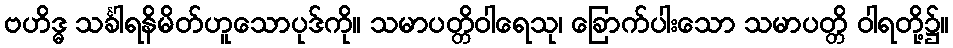
ဗဟိဒ္ဓ သင်္ခါရနိမိတ်ဟူသောပုဒ်ကို။ သမာပတ္တိဝါရေသု၊ ခြောက်ပါးသော သမာပတ္တိ ဝါရတို့၌။